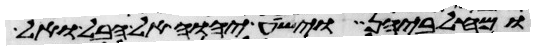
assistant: ומחלביהן וישע יהוה אל הבל ואל